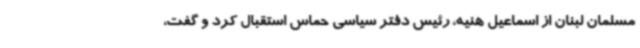
مسلمان لبنان از اسماعیل هنیه، رئیس دفتر سیاسی حماس استقبال کرد و گفت،